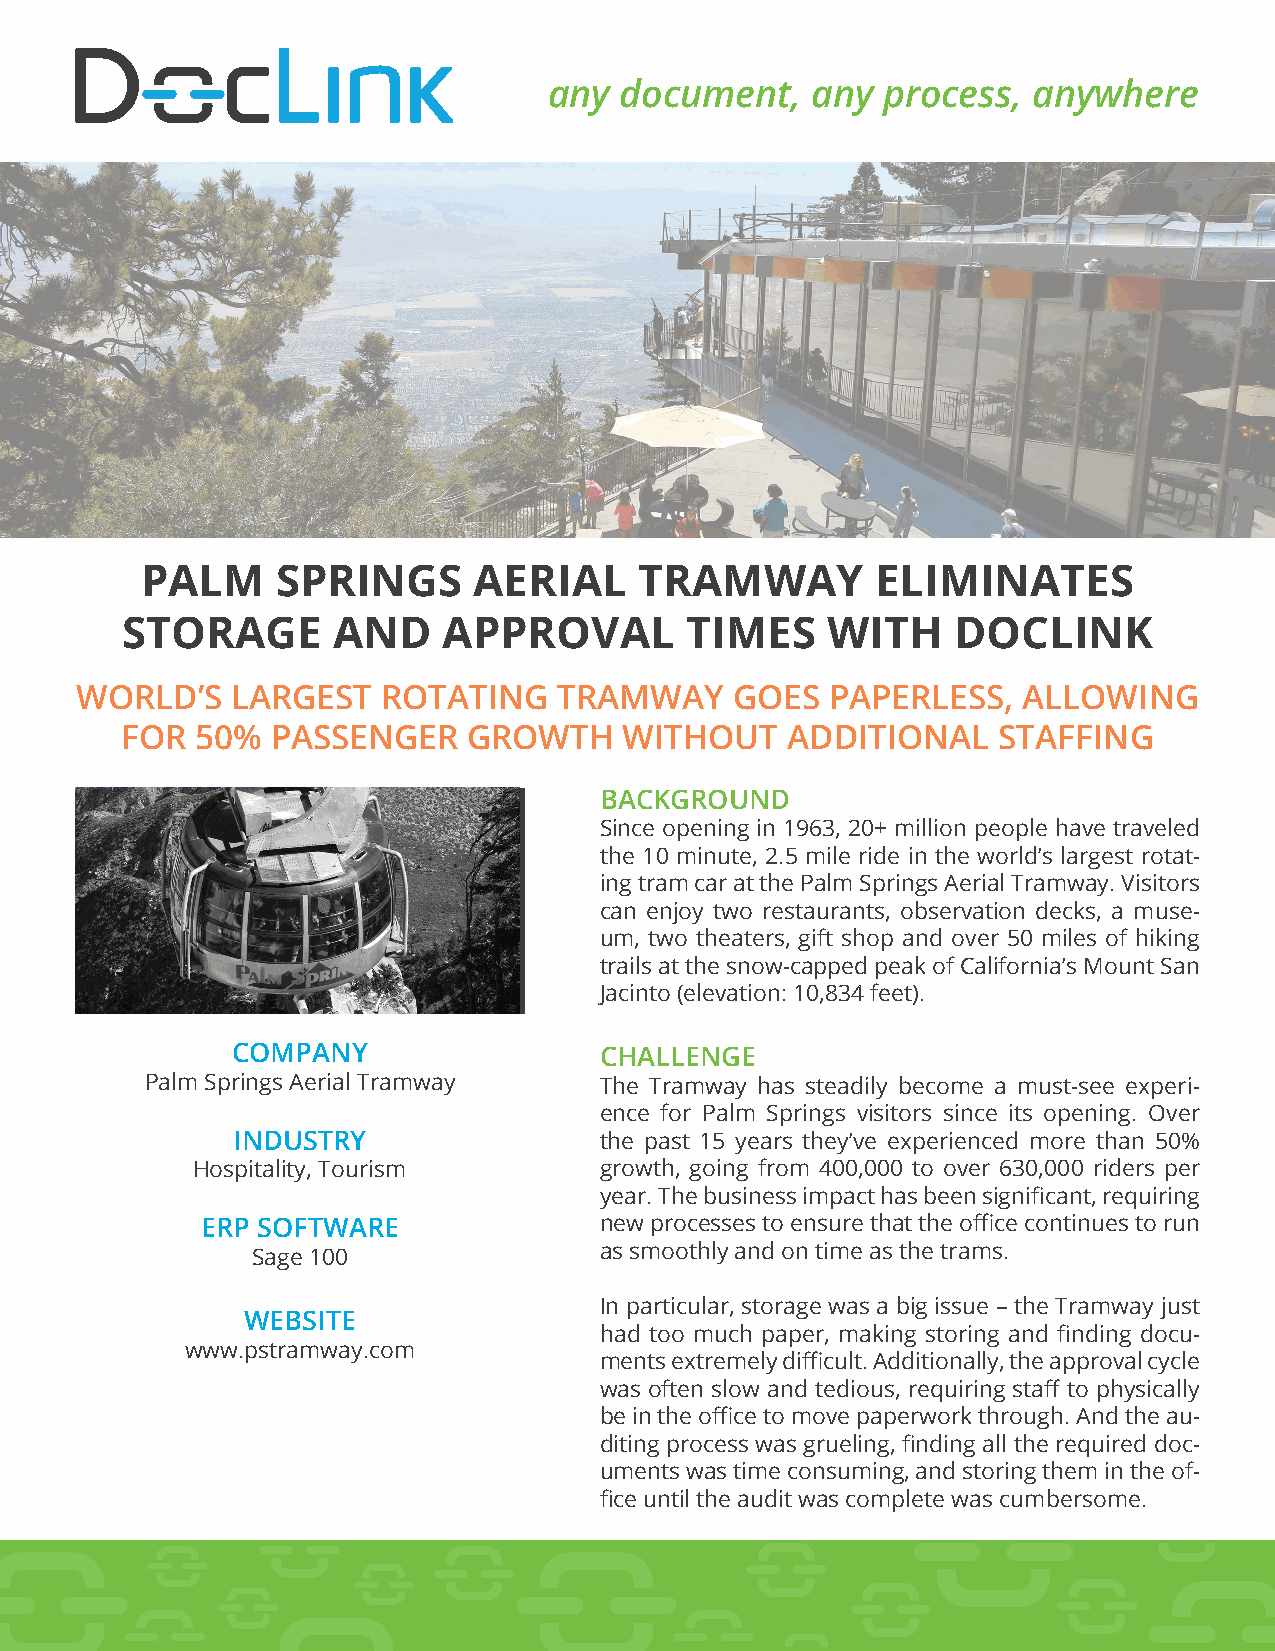
any  document,    any process,  anywhere
 PALM     SPRINGS      AERIAL     TRAMWAY         ELIMINATES
 STORAGE       AND    APPROVAL        TIMES     WITH    DOCLINK
 WORLD’S   LARGEST   ROTATING    TRAMWAY     GOES  PAPERLESS,   ALLOWING
 FOR  50%  PASSENGER    GROWTH    WITHOUT    ADDITIONAL    STAFFING
 BACKGROUND
 Since opening in 1963, 20+ million people have traveled
 the 10 minute, 2.5 mile ride in the world’s largest rotat-
 ing tram car at the Palm Springs Aerial Tramway. Visitors
 can enjoy two restaurants, observation decks, a muse-
 um, two theaters, gift shop and over 50 miles of hiking
 trails at the snow-capped peak of California’s Mount San
 Jacinto (elevation: 10,834 feet).
 COMPANY                  CHALLENGE
 Palm Springs Aerial Tramway   The Tramway has steadily become a must-see experi-
 ence for Palm Springs visitors since its opening. Over
 INDUSTRY                 the past 15 years they’ve experienced more than 50%
 Hospitality, Tourism       growth, going from 400,000 to over 630,000 riders per
 year. The business impact has been significant, requiring
 ERP SOFTWARE               new processes to ensure that the office continues to run
 Sage 100               as smoothly and on time as the trams.
 In particular, storage was a big issue – the Tramway just
 WEBSITE
 had too much paper, making storing and finding docu-
 www.pstramway.com
 ments extremely difficult. Additionally, the approval cycle
 was often slow and tedious, requiring staff to physically
 be in the office to move paperwork through. And the au-
 diting process was grueling, finding all the required doc-
 uments was time consuming, and storing them in the of-
 fice until the audit was complete was cumbersome.